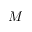
M